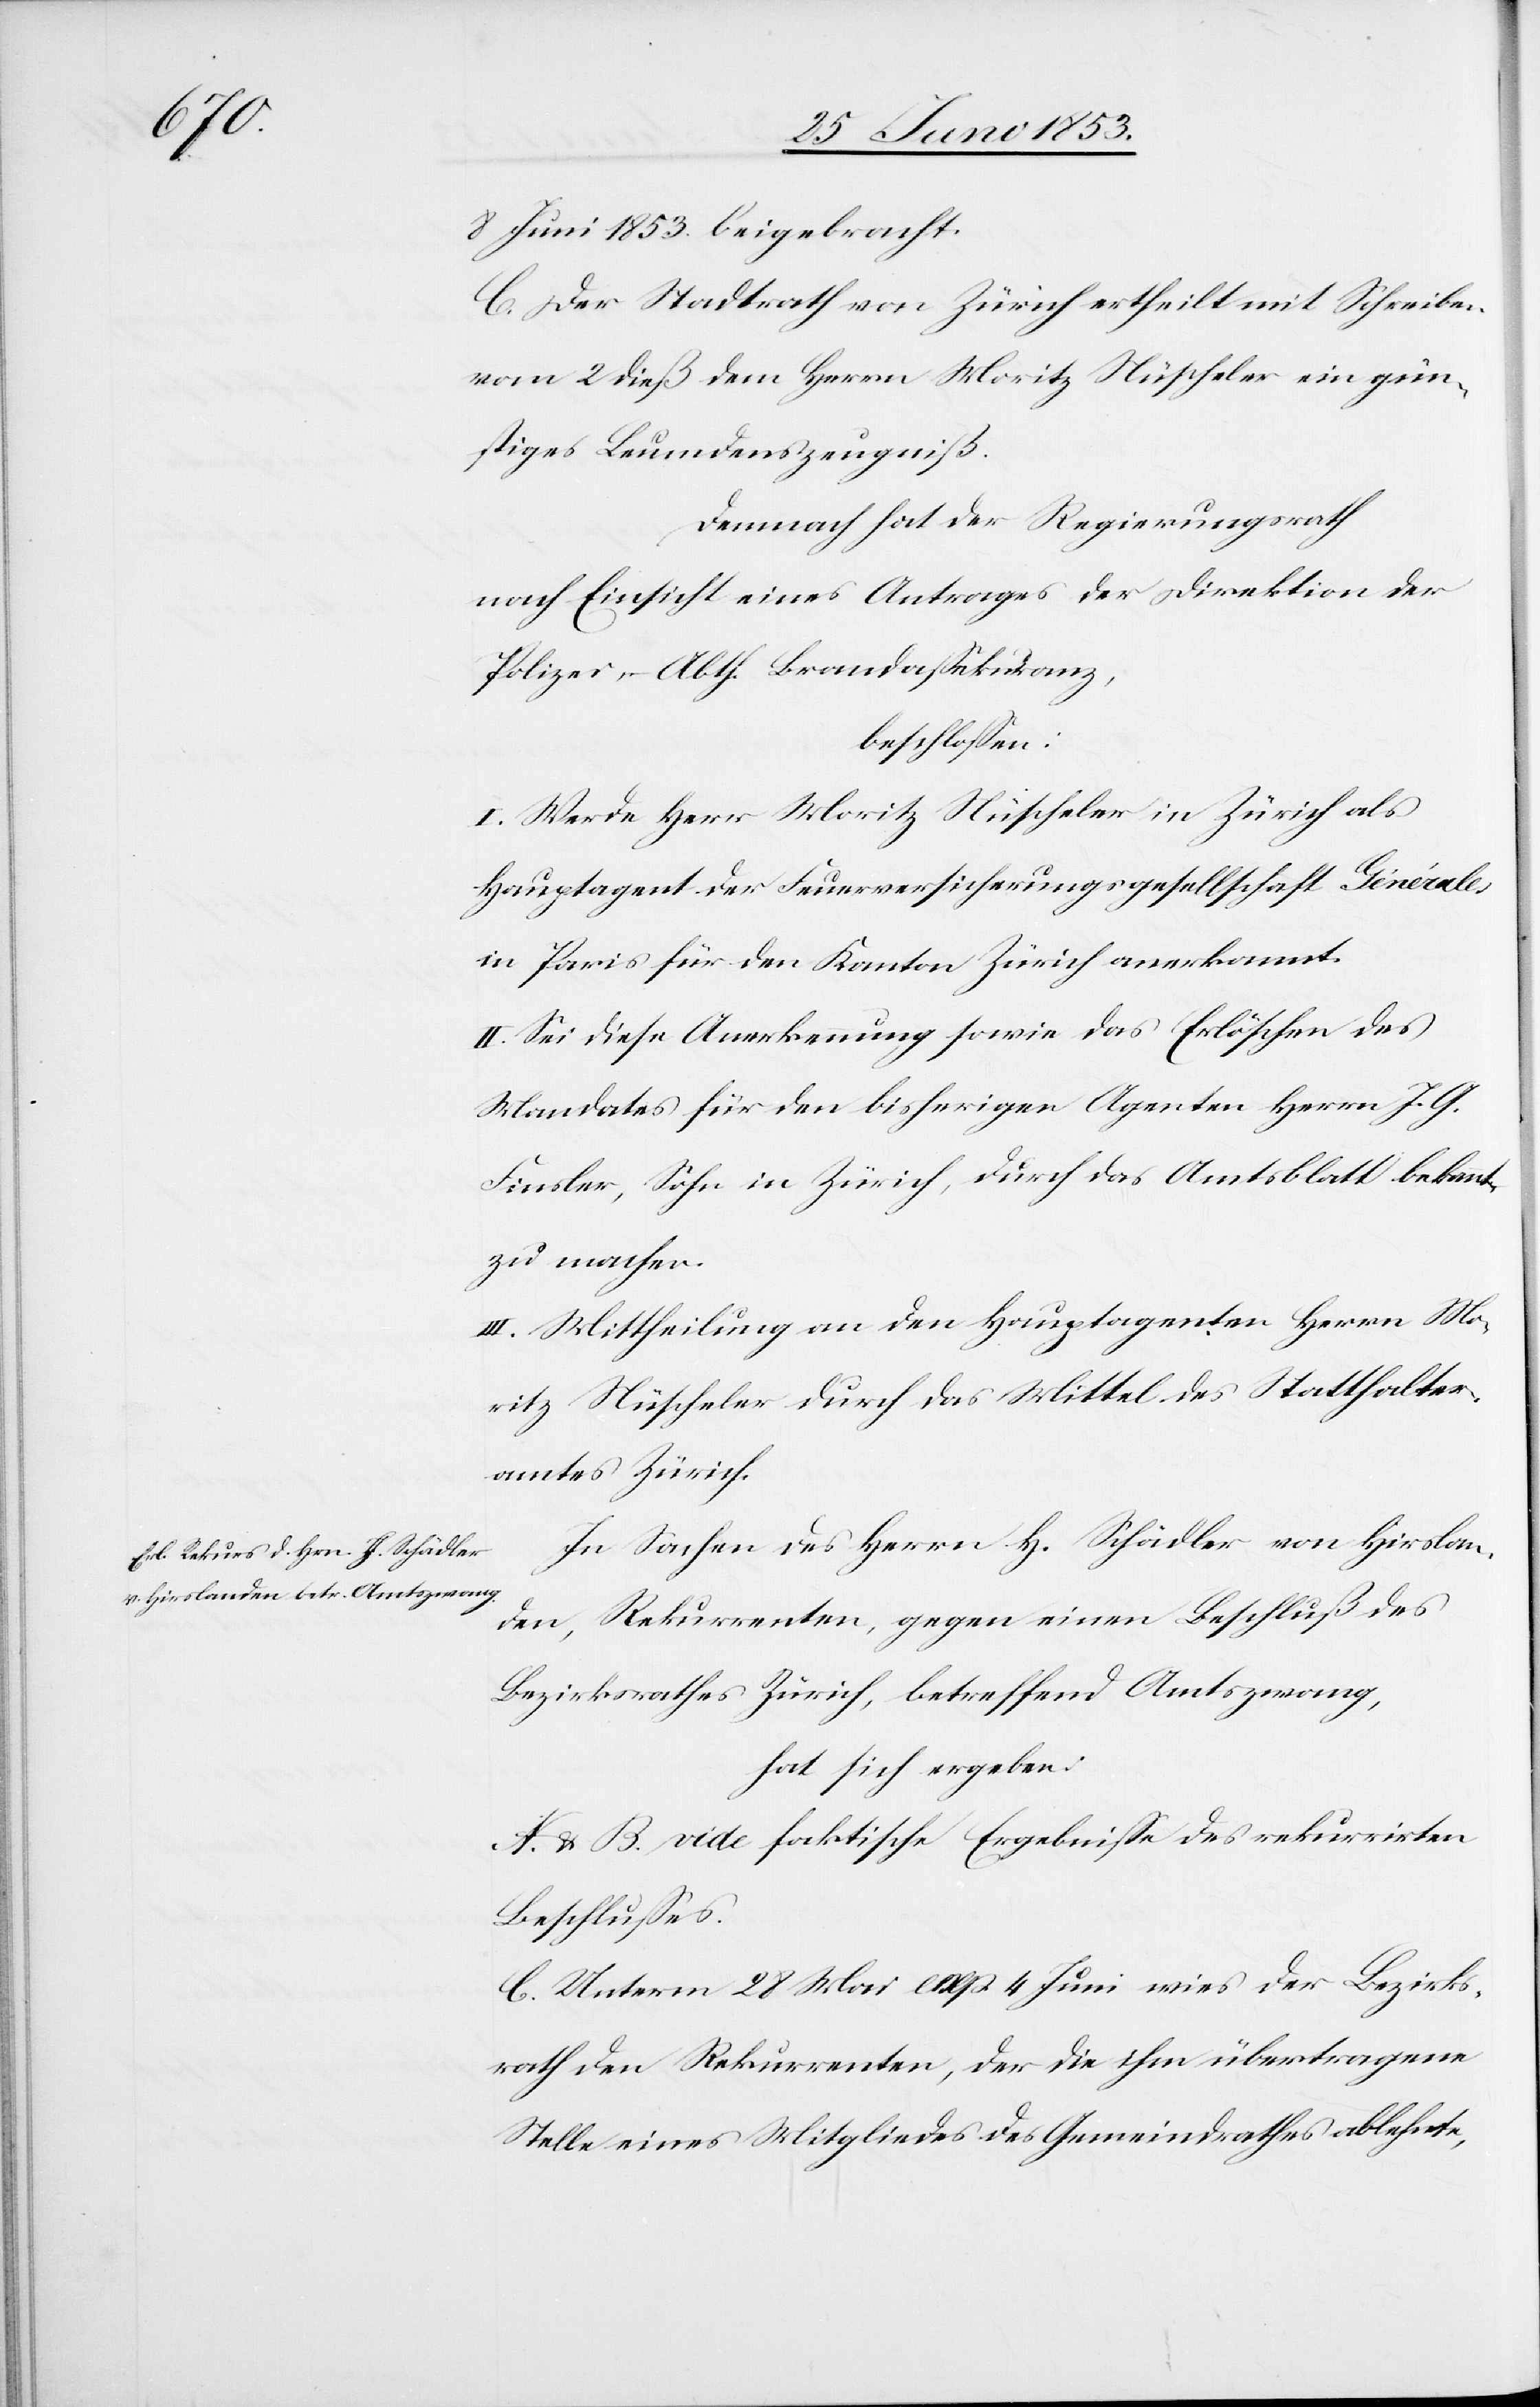
8 Juni 1853 beigebracht.
C. Der Stadtrath von Zürich ertheilt mit Schreiben
vom 2 dieß dem Herrn Moritz Nüscheler ein gün¬
stiges Leumdenszeugniß.
Demnach hat der Regierungsrath
nach Einsicht eines Antrages der Direktion der
Polizei-Abth. Brandaßekuranz,
beschloßen:
I. Werde Herr Moritz Nüscheler in Zürich als
Hauptagent der Feuerversicherungsgesellschaft Générales
in Paris für den Kanton Zürich anerkannt.
II. Sei diese Anerkennung sowie das Erlöschen des
Mandates für den bisherigen Agenten Herrn J. G.
Finsler, Sohn in Zürich, durch das Amtsblatt bekannt
zu machen.
III. Mittheilung an den Hauptagenten Herrn Mo¬
ritz Nüscheler durch das Mittel des Statthalter¬
amtes Zürich.
In Sachen des Herrn H. Schädler von Hirslan¬
den, Rekurrenten, gegen einen Beschluß des
Bezirksrathes Zürich, betreffend Amtszwang,
hat sich ergeben:
A. u. B. vide faktische Ergebniße des rekurrirten
Beschlußes.
C. Unterm 28 Mai exp. 4 Juni wies der Bezirks¬
rath den Rekurrenten, der die ihm übertragene
Stelle eines Mitgliedes des Gemeindrathes ablehnte,